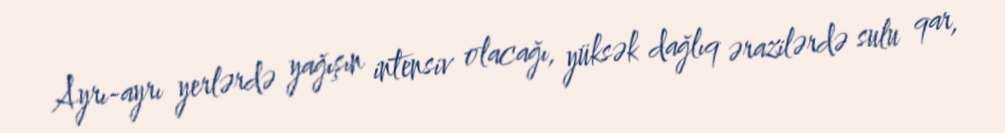
Ayrı-ayrı yerlərdə yağışın intensiv olacağı, yüksək dağlıq ərazilərdə sulu qar,